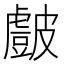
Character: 𭽷